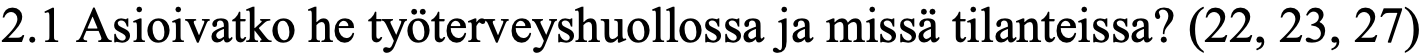
2.1 Asioivatko he työterveyshuollossa ja missä tilanteissa? (22, 23, 27)